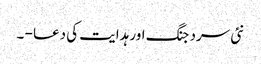
نئی سرد جنگ اور ہدایت کی دعا - ۔